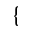
\{